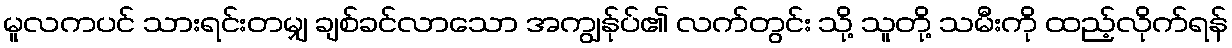
မူလကပင် သားရင်းတမျှ ချစ်ခင်လာသော အကျွန်ုပ်၏ လက်တွင်း သို့ သူတို့ သမီးကို ထည့်လိုက်ရန်